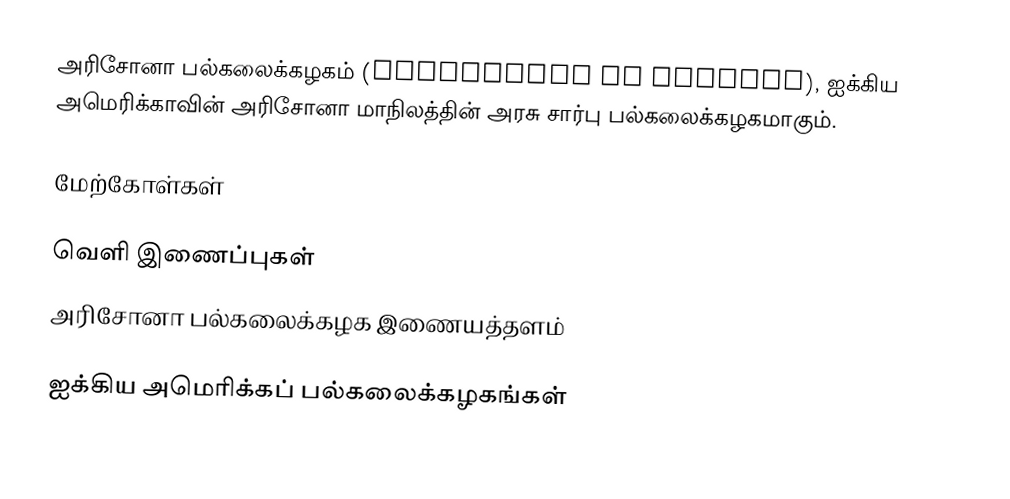
அரிசோனா பல்கலைக்கழகம் (University of Arizona), ஐக்கிய அமெரிக்காவின் அரிசோனா மாநிலத்தின் அரசு சார்பு பல்கலைக்கழகமாகும்.

மேற்கோள்கள்

வெளி இணைப்புகள்
அரிசோனா பல்கலைக்கழக இணையத்தளம்

ஐக்கிய அமெரிக்கப் பல்கலைக்கழகங்கள்